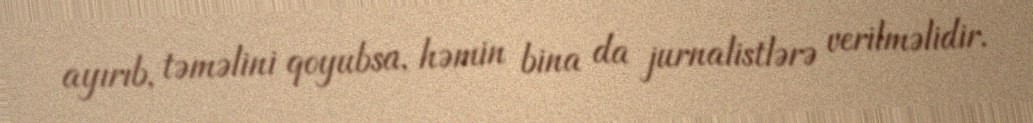
ayırıb, təməlini qoyubsa, həmin bina da jurnalistlərə verilməlidir.